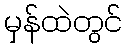
မှန်ထဲတွင်